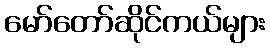
မော်တော်ဆိုင်ကယ်များ